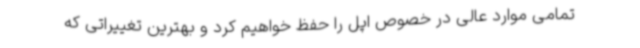
تمامی موارد عالی در خصوص اپل را حفظ خواهیم کرد و بهترین تغییراتی که